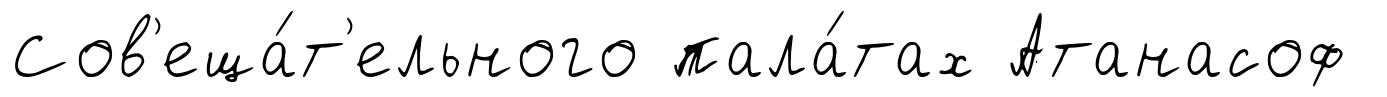
Сов'еща́т'ельного пала́тах Атанасоф